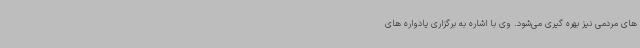
های مردمی نیز بهره گیری می‌شود. وی با اشاره به برگزاری یادواره های